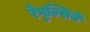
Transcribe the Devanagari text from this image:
रेपुल्सिवे